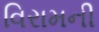
વિરામની